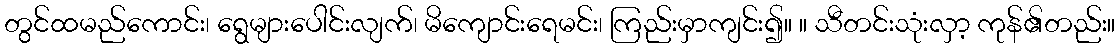
တွင်ထမည်ကောင်း၊ ရွေများပေါင်းလျက်၊ မိကျောင်းရေမင်း၊ ကြည်းမှာကျင်း၍။ ။ သီတင်းသုံးလှာ့ ကုန်၏တည်း။